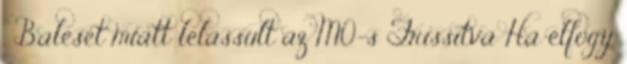
. Baleset miatt lelassult az M0-s Frissítva Ha elfogy